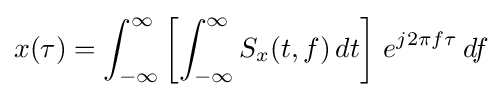
x(\tau )=\int _{-\infty }^{\infty }\left[\int _{-\infty }^{\infty }S_{x}(t,f)\,dt\right]\,e^{j2\pi f\tau }\,df